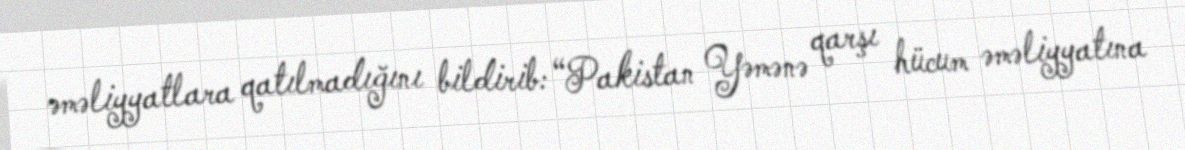
əməliyyatlara qatılmadığını bildirib: “Pakistan Yəmənə qarşı hücum əməliyyatına